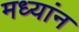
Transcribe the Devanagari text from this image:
मध्यांन